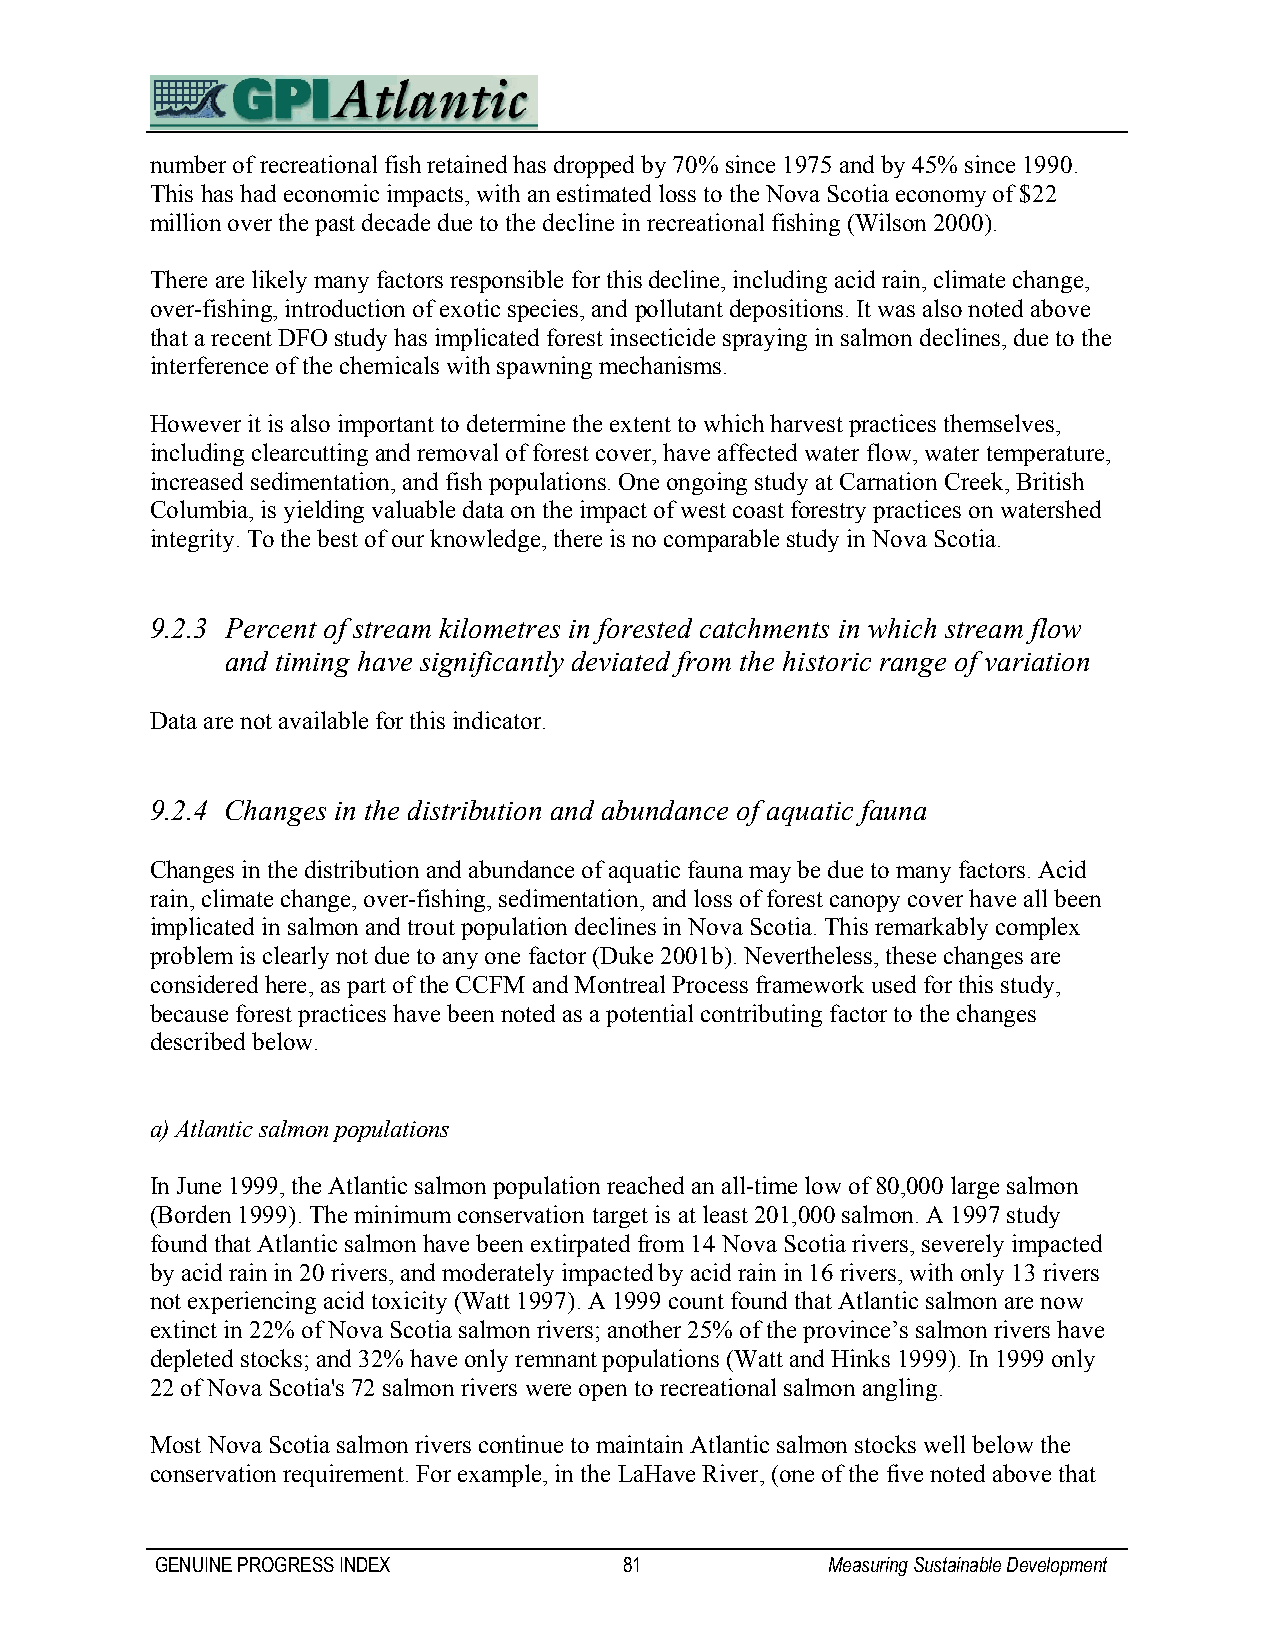
number of recreational fish retained has dropped by 70% since 1975 and by 45% since 1990.
 This has had economic impacts, with an estimated loss to the Nova Scotia economy of $22
 million over the past decade due to the decline in recreational fishing (Wilson 2000).
 There are likely many factors responsible for this decline, including acid rain, climate change,
 over-fishing, introduction of exotic species, and pollutant depositions. It was also noted above
 that a recent DFO study has implicated forest insecticide spraying in salmon declines, due to the
 interference of the chemicals with spawning mechanisms.
 However it is also important to determine the extent to which harvest practices themselves,
 including clearcutting and removal of forest cover, have affected water flow, water temperature,
 increased sedimentation, and fish populations. One ongoing study at Carnation Creek, British
 Columbia, is yielding valuable data on the impact of west coast forestry practices on watershed
 integrity. To the best of our knowledge, there is no comparable study in Nova Scotia.
 9.2.3 Percent of stream kilometres in forested catchments in which stream flow
 and timing have significantly deviated from the historic range of variation
 Data are not available for this indicator.
 9.2.4 Changes in the distribution and abundance of aquatic fauna
 Changes in the distribution and abundance of aquatic fauna may be due to many factors. Acid
 rain, climate change, over-fishing, sedimentation, and loss of forest canopy cover have all been
 implicated in salmon and trout population declines in Nova Scotia. This remarkably complex
 problem is clearly not due to any one factor (Duke 2001b). Nevertheless, these changes are
 considered here, as part of the CCFM and Montreal Process framework used for this study,
 because forest practices have been noted as a potential contributing factor to the changes
 described below.
 a) Atlantic salmon populations
 In June 1999, the Atlantic salmon population reached an all-time low of 80,000 large salmon
 (Borden 1999). The minimum conservation target is at least 201,000 salmon. A 1997 study
 found that Atlantic salmon have been extirpated from 14 Nova Scotia rivers, severely impacted
 by acid rain in 20 rivers, and moderately impacted by acid rain in 16 rivers, with only 13 rivers
 not experiencing acid toxicity (Watt 1997). A 1999 count found that Atlantic salmon are now
 extinct in 22% of Nova Scotia salmon rivers; another 25% of the province’s salmon rivers have
 depleted stocks; and 32% have only remnant populations (Watt and Hinks 1999). In 1999 only
 22 of Nova Scotia's 72 salmon rivers were open to recreational salmon angling.
 Most Nova Scotia salmon rivers continue to maintain Atlantic salmon stocks well below the
 conservation requirement. For example, in the LaHave River, (one of the five noted above that
 GENUINE PROGRESS INDEX         81            Measuring Sustainable Development